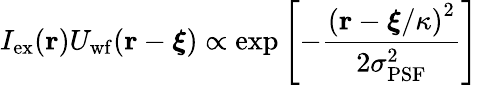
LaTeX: I_{\mathrm{ex}}(\mathbf{r})U_{\mathrm{wf}}(\mathbf{r}-\boldsymbol{\xi})\propto\exp\left[-\frac{\left(\mathbf{r}-\boldsymbol{\xi}/\kappa\right)^{2}}{2\sigma_{\mathrm{PSF}}^{2}}\right]